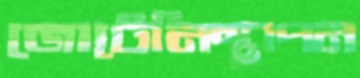
জোটেনিস্থাপন